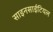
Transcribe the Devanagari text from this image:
साइनसाईटियल